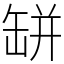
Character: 缾